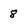
Character: 8